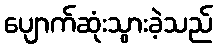
ပျောက်ဆုံးသွားခဲ့သည်